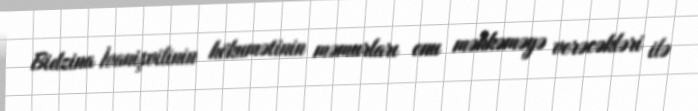
Bidzina İvanişvilinin hökumətinin məmurları onu məhkəməyə verəcəkləri ilə